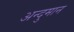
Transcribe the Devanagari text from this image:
अन्दुमान